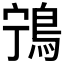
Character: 𬷌